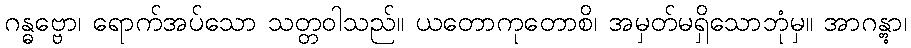
ဂန္ဓဗ္ဗော၊ ရောက်အပ်သော သတ္တဝါသည်။ ယတောကုတောစိ၊ အမှတ်မရှိသောဘုံမှ။ အာဂန္တွာ၊